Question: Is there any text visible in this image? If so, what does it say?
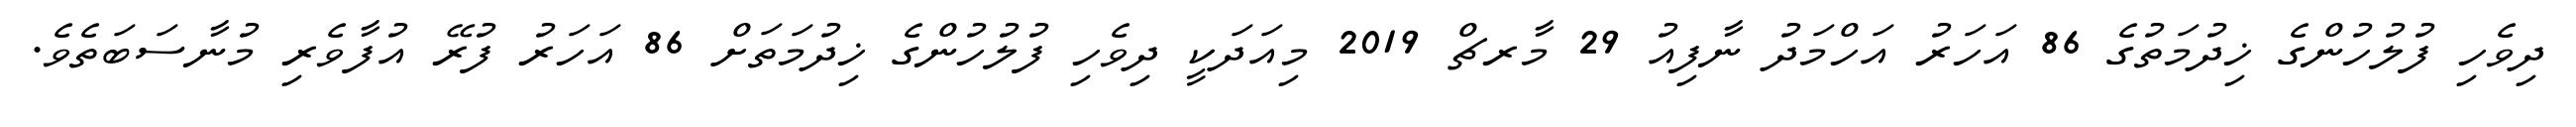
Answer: ދިވެހި ފުލުހުންގެ ޚިދުމަތުގެ 86 އަހަރު އަހްމަދު ނާފިއު 29 މާރޗް 2019 މިއަދަކީ ދިވެހި ފުލުހުންގެ ޚިދުމަތަށް 86 އަހަރު ފުރޭ އުފާވެރި މުނާސަބަތެވެ.